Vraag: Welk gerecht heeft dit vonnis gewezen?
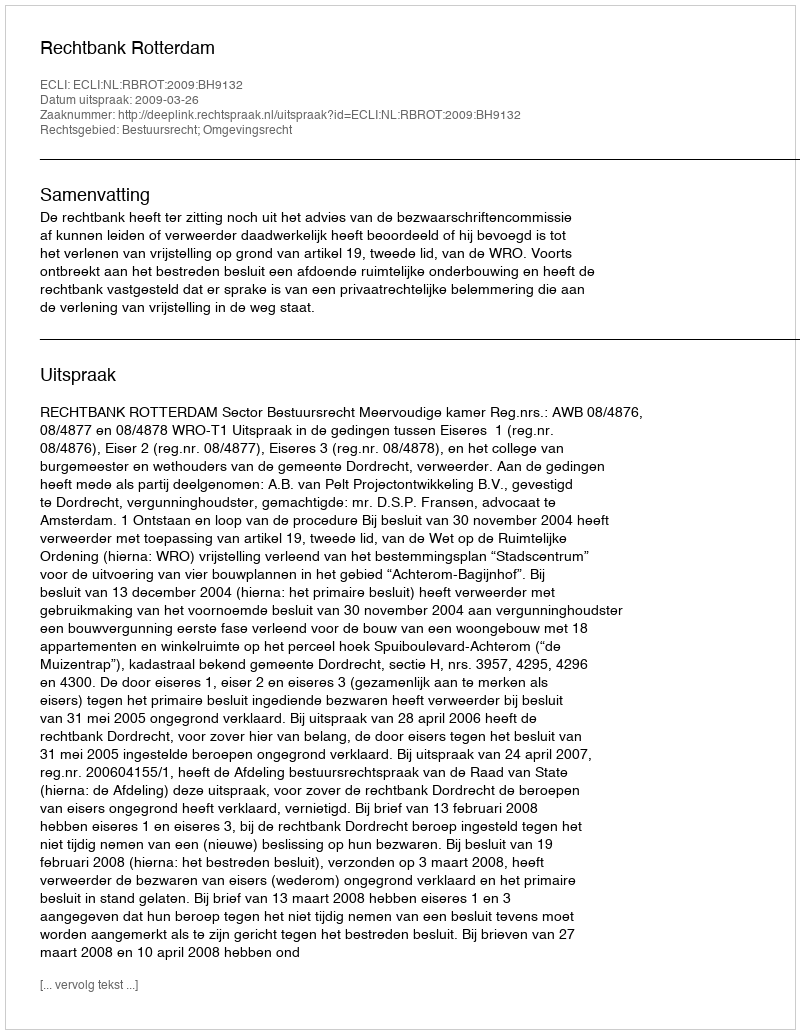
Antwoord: Rechtbank Rotterdam